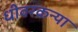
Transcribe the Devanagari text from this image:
धीवरकन्या